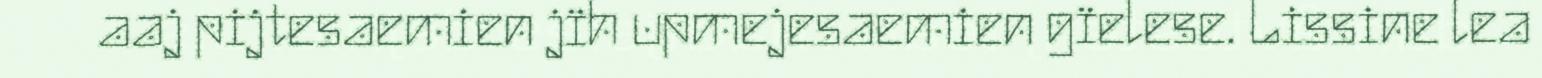
aaj pijtesaemien jïh upmejesaemien gïelese. Lissine lea